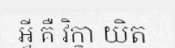
អ្វី គឺ វិក្ខា យិត